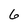
Character: 6